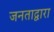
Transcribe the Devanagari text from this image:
जनताद्वारा